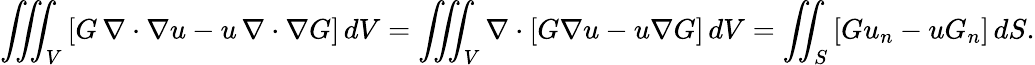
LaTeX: \iiint_{V}\left[G\, \nabla\cdot\nabla u-u\, \nabla\cdot\nabla G\right]\, dV=\iiint_{V}\nabla\cdot\left[G\nabla u-u\nabla G\right]\, dV=\iint_{S}\left[Gu_{n}-uG_{n}\right]\, dS.